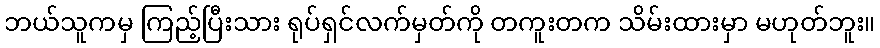
ဘယ်သူကမှ ကြည့်ပြီးသား ရုပ်ရှင်လက်မှတ်ကို တကူးတက သိမ်းထားမှာ မဟုတ်ဘူး။